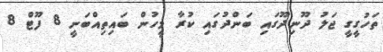
ތަހުގީގީ ޖަލު ދޫނިދޫގައި ބަންދުގައި ކުރާ މީހުން ބައިތިއްބަނީ 8 ފޫޓް 8